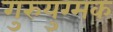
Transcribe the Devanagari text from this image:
गुरुयुग्मक